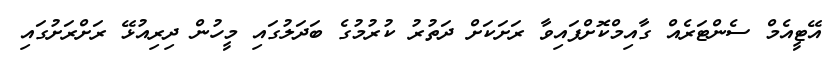
އޭޓީއެމް ސެންޓަރެއް ގާއިމްކޮށްފައިވާ ރަށަކަށް ދަތުރު ކުރުމުގެ ބަދަލުގައި މީހުން ދިރިއުޅޭ ރަށްރަށުގައި